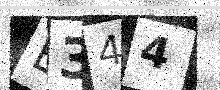
Text: B344